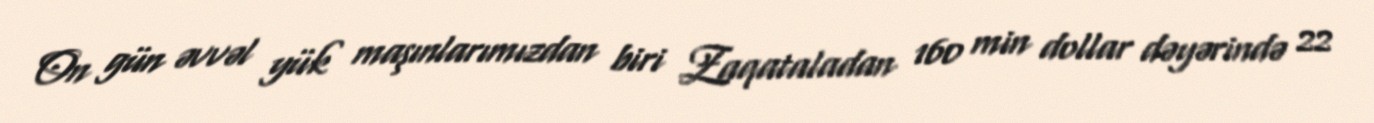
On gün əvvəl yük maşınlarımızdan biri Zaqataladan 160 min dollar dəyərində 22